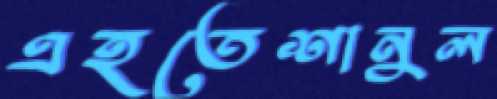
এহতেশানুল